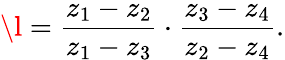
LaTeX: \l={\frac{z_{1}-z_{2}}{z_{1}-z_{3}}}\cdot{\frac{z_{3}-z_{4}}{z_{2}-z_{4}}}.